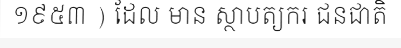
១៩៥៣ ) ដែល មាន ស្ថាបត្យករ ជនជាតិ